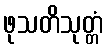
ဖုသတိသုတ္တံ